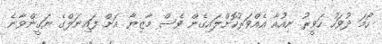
ހޯމަ ދުވަހު ހަވީރު ނިއުއާ އެއްވަރުކޮށްލައިގެން ވެސް މާޒިޔާ އަށް ފައިނަލްގެ ޔަގީންވާނެ